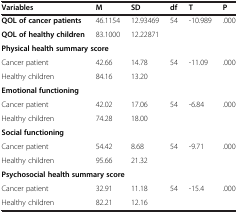
| Variables | M | SD | df | T | P |
 | --- | --- | --- | --- | --- | --- |
 | QOL of cancer patients | 46.1154 | 12.93469 | 54 | -10.989 | .000 |
 | QOL of healthy children | 83.1000 | 12.22871 |  |  |  |
 | <COLSPAN=6> Physical health summary score |
 | Cancer patient | 42.66 | 14.78 | 54 | -11.09 | .000 |
 | Healthy children | 84.16 | 13.20 |  |  |  |
 | <COLSPAN=6> Emotional functioning |
 | Cancer patient | 42.02 | 17.06 | 54 | -6.84 | .000 |
 | Healthy children | 74.28 | 18.00 |  |  |  |
 | <COLSPAN=6> Social functioning |
 | Cancer patient | 54.42 | 8.68 | 54 | -9.71 | .000 |
 | Healthy children | 95.66 | 21.32 |  |  |  |
 | <COLSPAN=6> Psychosocial health summary score |
 | Cancer patient | 32.91 | 11.18 | 54 | -15.4 | .000 |
 | Healthy children | 82.21 | 12.16 |  |  |  |